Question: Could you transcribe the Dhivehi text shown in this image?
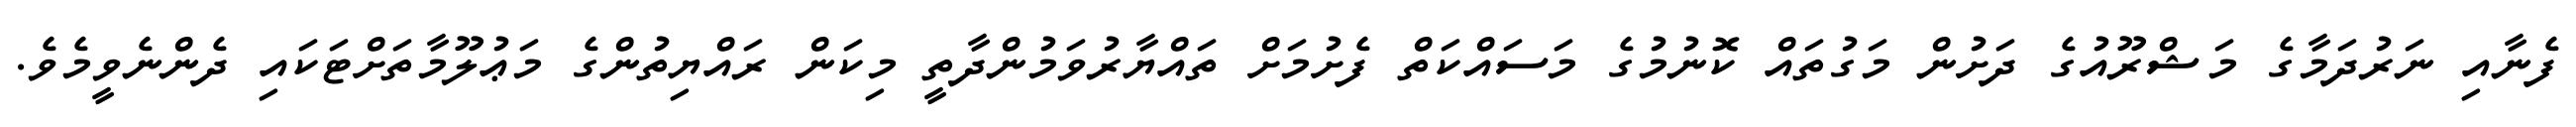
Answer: ފެނާއި ނަރުދަމާގެ މަޝްރޫއުގެ ދަށުން މަގުތައް ކޮނުމުގެ މަސައްކަތް ފެށުމަށް ތައްޔާރުވަމުންދާތީ މިކަން ރައްޔިތުންގެ މަޢުލޫމާތަށްޓަކައި ދެންނެވީމެވެ.